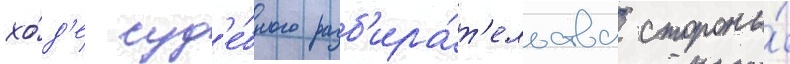
хо́д'е суд'е́бного разб'ира́т'ельства стороны́